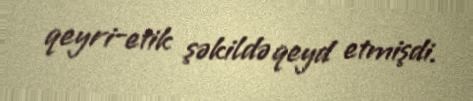
qeyri-etik şəkildə qeyd etmişdi.